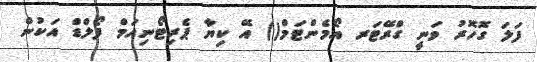
ފަލަ ގޮހޮރު ވަނީ ގްރޭޓަރ އޯމެންޓަމް() އޭ ކިޔާ ޕެރިޓޯނިއަމް ފޯލްޑް އަކުން